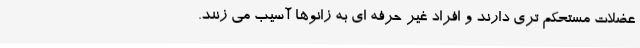
عضلات مستحکم تری دارند و افراد غیر حرفه ای به زانوها آسیب می زنند.